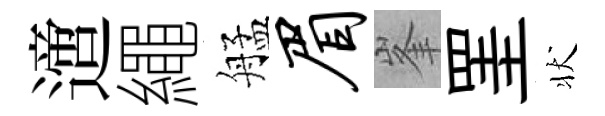
𨗁繩艋眉峯罣状